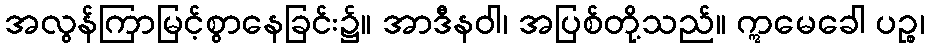
အလွန်ကြာမြင့်စွာနေခြင်း၌။ အာဒီနဝါ၊ အပြစ်တို့သည်။ ဣမေခေါ ပဉ္စ၊